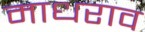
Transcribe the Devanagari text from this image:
माधराव